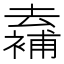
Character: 𠬖